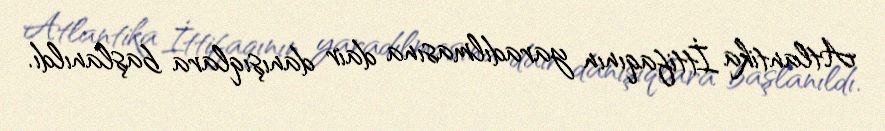
Atlantika İttifaqının yaradılmasına dair danışıqlara başlanıldı.